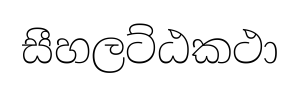
සීහලට්ඨකථා